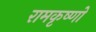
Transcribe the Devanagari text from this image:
रामकृष्णो